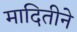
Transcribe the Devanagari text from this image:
मादितीने